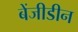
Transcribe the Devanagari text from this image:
बेंजीडीन